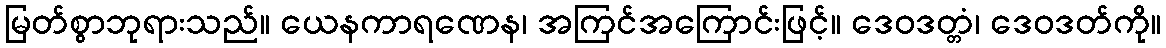
မြတ်စွာဘုရားသည်။ ယေနကာရဏေန၊ အကြင်အကြောင်းဖြင့်။ ဒေဝဒတ္တံ၊ ဒေဝဒတ်ကို။